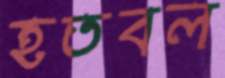
হতবল